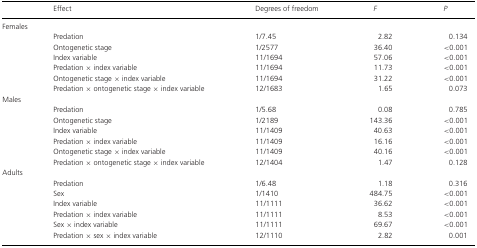
<table><thead><tr><td></td><td><b>Effect</b></td><td><b>Degrees of freedom</b></td><td><b><i>F</i></b></td><td><b><i>P</i></b></td></tr></thead><tbody><tr><td>Females</td><td></td><td></td><td></td><td></td></tr><tr><td></td><td>Predation</td><td>1/7.45</td><td>2.82</td><td>0.134</td></tr><tr><td></td><td>Ontogenetic stage</td><td>1/2577</td><td>36.40</td><td>&lt;0.001</td></tr><tr><td></td><td>Index variable</td><td>11/1694</td><td>57.06</td><td>&lt;0.001</td></tr><tr><td></td><td>Predation × index variable</td><td>11/1694</td><td>11.73</td><td>&lt;0.001</td></tr><tr><td></td><td>Ontogenetic stage × index variable</td><td>11/1694</td><td>31.22</td><td>&lt;0.001</td></tr><tr><td></td><td>Predation × ontogenetic stage × index variable</td><td>12/1683</td><td>1.65</td><td>0.073</td></tr><tr><td colspan="5">Males</td></tr><tr><td></td><td>Predation</td><td>1/5.68</td><td>0.08</td><td>0.785</td></tr><tr><td></td><td>Ontogenetic stage</td><td>1/2189</td><td>143.36</td><td>&lt;0.001</td></tr><tr><td></td><td>Index variable</td><td>11/1409</td><td>40.63</td><td>&lt;0.001</td></tr><tr><td></td><td>Predation × index variable</td><td>11/1409</td><td>16.16</td><td>&lt;0.001</td></tr><tr><td></td><td>Ontogenetic stage × index variable</td><td>11/1409</td><td>40.16</td><td>&lt;0.001</td></tr><tr><td></td><td>Predation × ontogenetic stage × index variable</td><td>12/1404</td><td>1.47</td><td>0.128</td></tr><tr><td colspan="5">Adults</td></tr><tr><td></td><td>Predation</td><td>1/6.48</td><td>1.18</td><td>0.316</td></tr><tr><td></td><td>Sex</td><td>1/1410</td><td>484.75</td><td>&lt;0.001</td></tr><tr><td></td><td>Index variable</td><td>11/1111</td><td>36.62</td><td>&lt;0.001</td></tr><tr><td></td><td>Predation × index variable</td><td>11/1111</td><td>8.53</td><td>&lt;0.001</td></tr><tr><td></td><td>Sex × index variable</td><td>11/1111</td><td>69.67</td><td>&lt;0.001</td></tr><tr><td></td><td>Predation × sex × index variable</td><td>12/1110</td><td>2.82</td><td>0.001</td></tr></tbody></table>